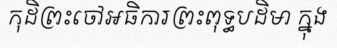
កុដិព្រះចៅអធិការព្រះពុទ្ធបដិមា ក្នុង